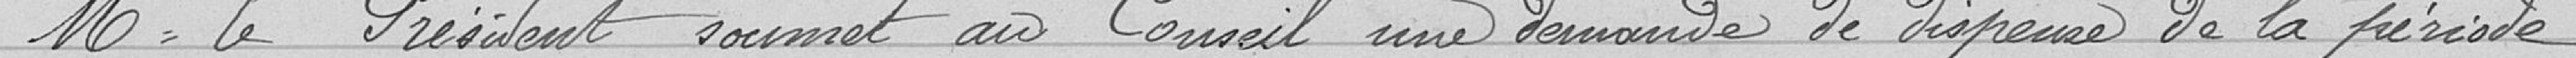
Mr le Président soumet au Conseil une demande de dispense de la période